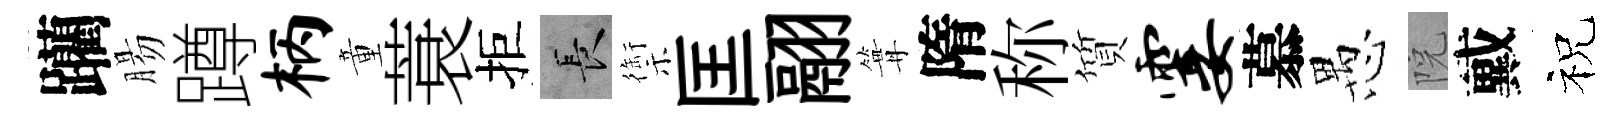
躪腸蹲柄童蓑拒长禦匡翮篝隋称質霎慕愚院戴祝